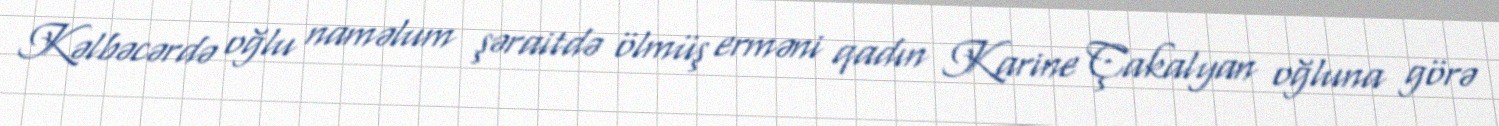
Kəlbəcərdə oğlu naməlum şəraitdə ölmüş erməni qadın Karine Çakalyan oğluna görə